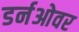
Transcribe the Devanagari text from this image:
डर्नओवर